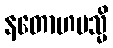
နတောဟမသ္မိ